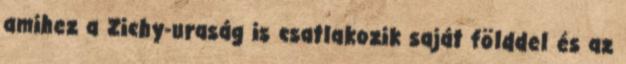
amihez a Zichy-uraság is csatlakozik saját földdel és az